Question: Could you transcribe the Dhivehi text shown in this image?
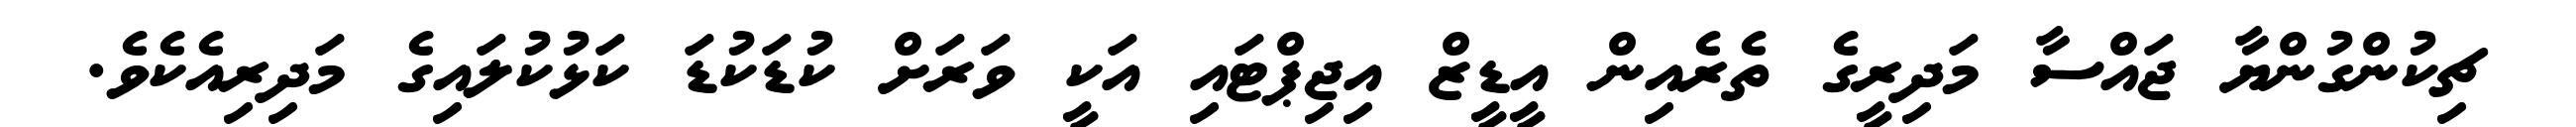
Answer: ޗިކުންގުންޔާ ޖައްސާ މަދިރީގެ ތެރެއިން އީޑީޒް އިޖިޕްޓައި އަކީ ވަރަށް ކުޑަކުޑަ ކަޅުކުލައިގެ މަދިރިއެކެވެ.